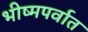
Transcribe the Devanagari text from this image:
भीष्मपर्वात